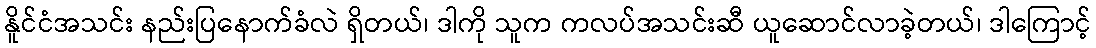
နိူင်ငံအသင်း နည်းပြနောက်ခံလဲ ရှိတယ်၊ ဒါကို သူက ကလပ်အသင်းဆီ ယူဆောင်လာခဲ့တယ်၊ ဒါကြောင့်